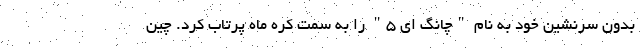
بدون سرنشین خود به نام "چانگ ای ۵" را به سمت کره ماه پرتاب کرد. چین